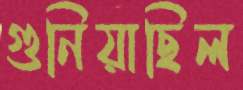
গুনিয়াছিল